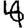
Digit: 4